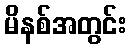
မိနစ်အတွင်း